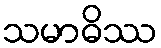
သမာဓိဿ